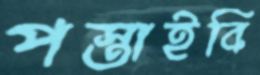
পস্তাইবি